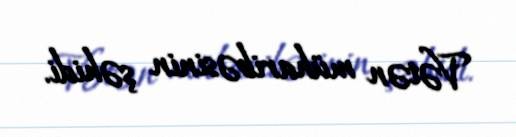
Vətən müharibəsinin şəhidi.